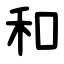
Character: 和